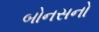
બોનસનો